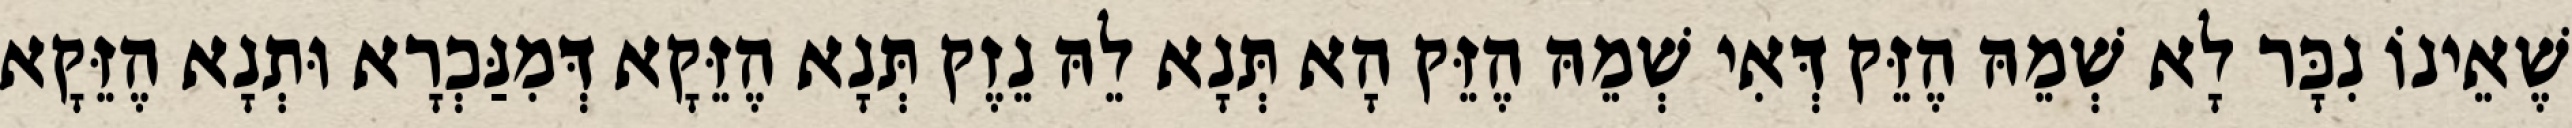
שֶׁאֵינוֹ נִכָּר לָא שְׁמֵהּ הֶזֵּק דְּאִי שְׁמֵהּ הֶזֵּק הָא תְּנָא לֵהּ נֵזֶק תְּנָא הֶזֵּקָא דְּמִנַּכְרָא וּתְנָא הֶזֵּקָא